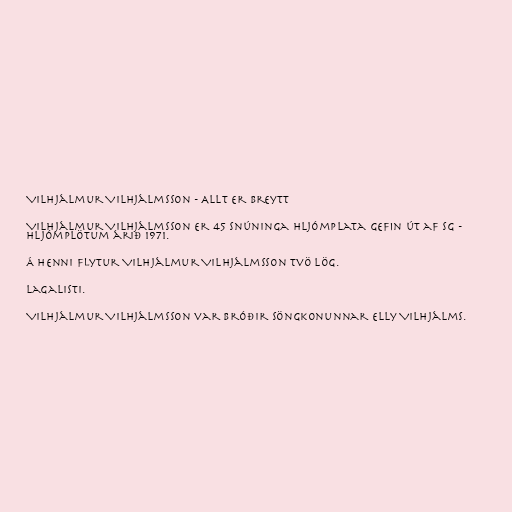
Vilhjálmur Vilhjálmsson - Allt er breytt

Vilhjálmur Vilhjálmsson er 45 snúninga hljómplata gefin út af SG -
hljómplötum árið 1971.

Á henni flytur Vilhjálmur Vilhjálmsson tvö lög.

Lagalisti.

Vilhjálmur Vilhjálmsson var bróðir söngkonunnar Elly Vilhjálms.